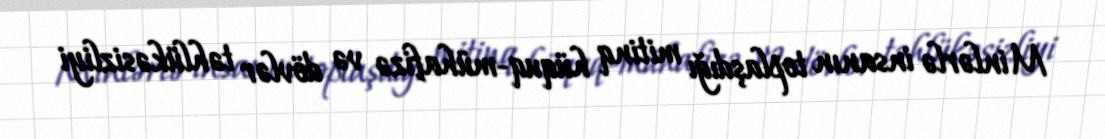
Minlərlə insanın toplaşdığı mitinq hüquq-mühafizə və dövlər təhlükəsizliyi